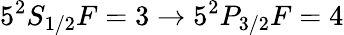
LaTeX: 5^{2}S_{1/2}F=3\rightarrow 5^{2}P_{3/2}F=4